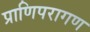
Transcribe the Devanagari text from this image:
प्राणिपरागण